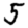
Digit: 5